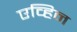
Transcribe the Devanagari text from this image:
एव्हिन